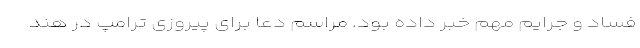
فساد و جرایم مهم خبر داده بود. مراسم دعا برای پیروزی ترامپ در هند